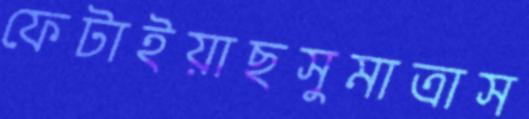
ফেটাইয়াছসুমাত্রাস